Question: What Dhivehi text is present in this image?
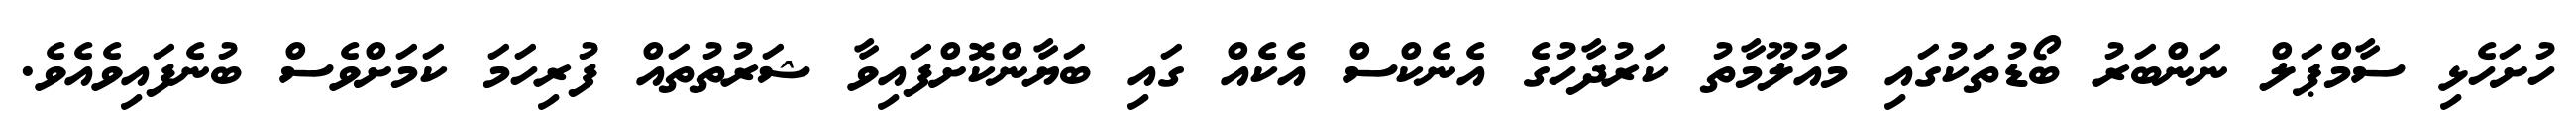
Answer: ހުށަހެޅި ސާމްޕަލް ނަންބަރު ބޯޑުތަކުގައި މައުލޫމާތު ކަރުދާހުގެ އެނެކްސް އެކެއް ގައި ބަޔާންކޮށްފައިވާ ޝަރުތުތައް ފުރިހަމަ ކަމަށްވެސް ބުނެފައިވެއެވެ.